Report on vaccination in Madras 1922-1929 - 1922-1929
Year: 1922
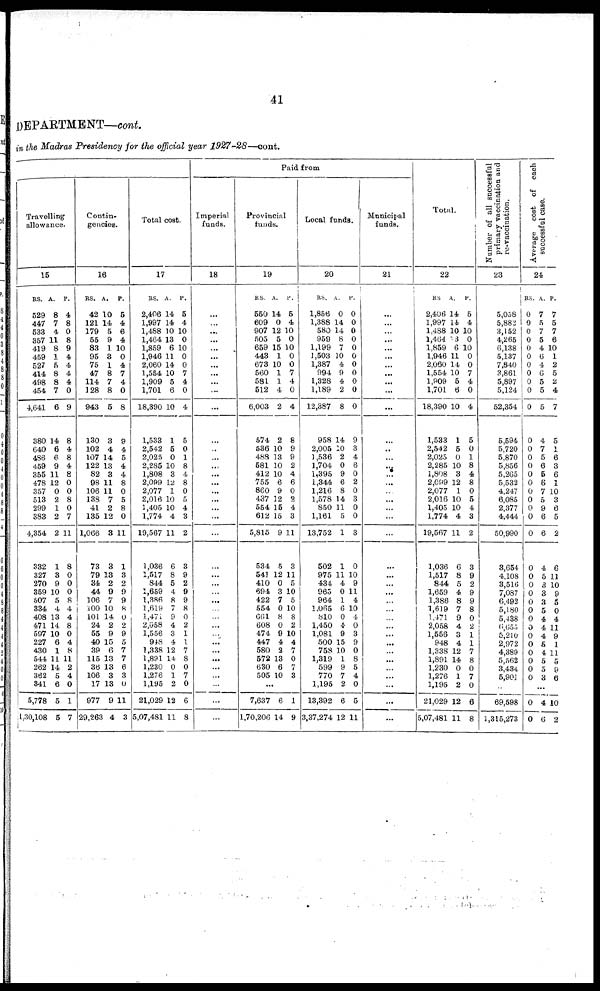
41
DEPARTMENT—cont.
in the Madras Presidency for the official year 1927-28—cont.
Paid from
Travelling
allowance.
15
RS.
529
447
533
357
419
459
527
414
498
454
4,641
380
640
486
459
355
478
357
513
299
383
4,354
332
327
270
359
507
334
408
471
597
227
430
544
262
362
341
5,778
1,30,108
A.
8
7
4
11
8
1
5
8
8
7
6
14
6
6
9
11
12
0
2
1
2
2
1
3
9
10
5
4
13
14
10
6
1
11
14
5
6
5
5
P.
4
8
0
8
9
4
4
4
4
0
9
8
4
8
4
8
0
0
8
0
7
11
8
0
0
0
8
4
4
8
0
4
8
11
2
4
0
1
7
Contin-
gencies.
16
RS.
42
121
179
55
83
95
75
47
114
128
943
130
102
107
122
82
98
106
138
41
135
1,066
73
79
34
44
106
100
101
24
55
40
39
115
36
106
17
977
29,263
A.
10
14
5
9
1
3
1
8
7
8
5
3
4
14
13
3
11
11
7
2
12
3
3
13
2
9
7
10
14
2
9
15
6
13
13
3
13
9
4
P.
5
4
6
4
10
0
4
7
4
0
8
9
4
5
4
4
8
0
5
8
0
11
1
3
2
9
9
8
0
2
9
5
7
7
6
3
0
11
3
Total cost.
17
RS.
2,406
1,997
1,488
1,464
1,859
1,946
2,060
1,554
1,909
1,701
18,390
1,533
2,542
2,025
2,285
1,808
2,099
2,077
2,016
1,405
1,774
19,567
1,036
1,517
844
1,659
1,386
1,619
1,471
2,058
1,556
948
1,338
1,891
1,230
1,276
1,195
21,029
5,07,481
A.
14
14
10
13
6
11
14
10
5
6
10
1
5
0
10
3
12
1
10
10
4
11
6
8
5
4
8
7
9
4
3
4
12
14
0
1
2
12
11
P.
5
4
10
0
10
0
0
7
4
0
4
5
0
1
8
4
8
0
5
4
3
2
3
9
2
9
9
8
0
2
1
1
7
8
0
7
0
6
8
Imperial
funds.
18
...
...
...
...
...
...
...
...
...
...
...
...
..
...
...
...
...
...
...
...
...
...
...
...
...
...
...
...
...
...
...
...
...
...
...
...
...
...
Provincial
funds.
19
RS.
550
609
907
505
659
443
673
560
581
512
6,003
574
536
488
581
412
755
860
437
554
612
5,815
534
541
410
694
422
554
661
608
474
447
580
572
630
505
A.
14
0
12
5
15
1
10
1
1
4
2
2
10
13
10
10
6
9
12
15
15
9
5
12
0
3
7
0
8
0
9
4
2
13
6
10
P.
5
4
10
0
10
0
0
7
4
0
4
8
9
9
2
4
6
0
2
4
3
11
3
11
5
10
5
10
8
2
10
4
7
0
7
3
...
7,637
1,70,206
6
14
1
9
Local funds.
20
RS.
1,856
1,388
580
959
1,199
1,503
1,387
994
1,328
1,189
12,387
958
2,005
1,536
1,704
1,395
1,344
1,216
1,578
850
1,161
13,752
502
975
434
965
964
1,065
810
1,450
1,081
500
758
1,319
599
770
1,195
13,392
3,37,274
A.
0
14
14
8
7
10
4
9
4
2
8
14
10
2
0
9
6
8
14
11
5
1
1
11
4
0
1
6
0
4
9
15
10
1
9
7
2
6
12
Municipal
funds.
21
P.
0
0
0
0
0
0
0
0
0
0
0
9
3
4
6
0
2
0
3
0
0
3
0
10
9
11
4
10
4
0
3
9
0
8
5
4
0
5
11
...
...
...
...
...
...
...
...
...
...
...
...
...
...
...
...
...
...
...
...
...
...
...
...
...
...
...
...
...
...
...
...
...
...
...
...
...
...
...
Total.
22
RS
2,406
1,997
1,488
1,464
1,859
1,946
2,060
1,554
1,909
1,701
18,390
1,533
2,542
2,025
2,285
1,808
2,099
2,077
2,016
1,405
1,774
19,567
1,036
1,517
844
1,659
1,388
1,619
1,471
2,058
1,556
948
1,338
1,891
1,230
1,276
1,195
21,029
5,07,481
A.
14
14
P.
5
4
10 10
13
6
11
14
10
5
6
10
1
5
0
10
3
12
1
10
10
4
11
6
8
5
4
8
7
9
4
3
4
12
14
0
1
2
12
11
0
10
0
0
7
4
0
4
5
0
1
8
4
8
0
5
4
3
2
3
9
2
9
9
8
0
2
1
1
7
8
0
7
0
6
8
Number of all successful
primary vaccination and
re-vaccination.
23
Average cost of each
successful case.
24
RS.
5,058
5,882
3,152
4,265
6,138
5,137
7,840
3,861
5,897
5,124
52,354
5,594
5,720
5,870
5,856
5,265
5,532
4,247
6,085
2,377
4,444
50,990
3,654
4,108
3,516
7,087
6,492
5,180
5,438
6,655
5,210
2,972
4,389
5,562
3,434
5,901
69,598
1,315,273
0
0
0
0
0
0
0
0
0
0
0
0
0
0
0
0
0
0
0
0
0
0
0
0
0
0
0
0
0
0
0
0
0
0
0
0
A.
7
5
7
5
4
6
4
6
5
5
5
4
7
5
6
5
6
7
5
9
6
6
4
5
3
3
3
5
4
4
4
6
4
5
5
3
P.
7
5
7
6
10
1
2
5
2
4
7
5
1
6
3
6
7
10
3
6
5
2
6
11
10
9
5
0
4
11
9
1
11
5
9
6
...
0
0
4
6
10
2